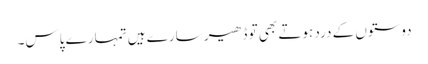
دوستوں کے درد ہوتے بھی تو ڈھیر سارے ہیں تمہارے پاس۔